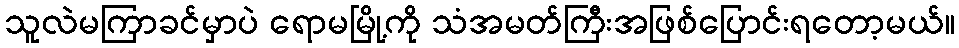
သူလဲမကြာခင်မှာပဲ ရောမမြို့ကို သံအမတ်ကြီးအဖြစ်ပြောင်းရတော့မယ်။